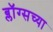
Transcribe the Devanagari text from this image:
ब्लॉग्सच्या